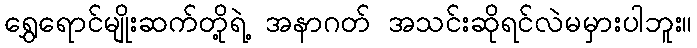
ရွှေရောင်မျိုးဆက်တို့ရဲ့ အနာဂတ် အသင်းဆိုရင်လဲမမှားပါဘူး။